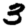
Digit: 3